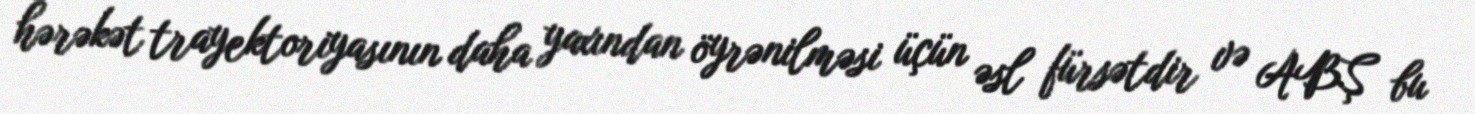
hərəkət trayektoriyasının daha yaxından öyrənilməsi üçün əsl fürsətdir və ABŞ bu